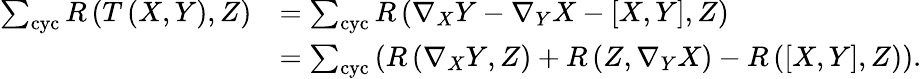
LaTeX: \begin{array}{rl}{\sum_{\mathrm{cyc}}R\left(T\left(X,Y\right),Z\right)}&{=\sum_{\mathrm{cyc}}R\left(\nabla_{X}Y-\nabla_{Y}X-\left[X,Y\right],Z\right)\mathrm{\ \ \ \ \ \ \ \ \ \ \ \ \ \ \ \ \ \ \ \ \ \ \ \ }}\\ &{=\sum_{\mathrm{cyc}}\left(R\left(\nabla_{X}Y,Z\right)+R\left(Z,\nabla_{Y}X\right)-R\left(\left[X,Y\right],Z\right)\right).}\end{array}